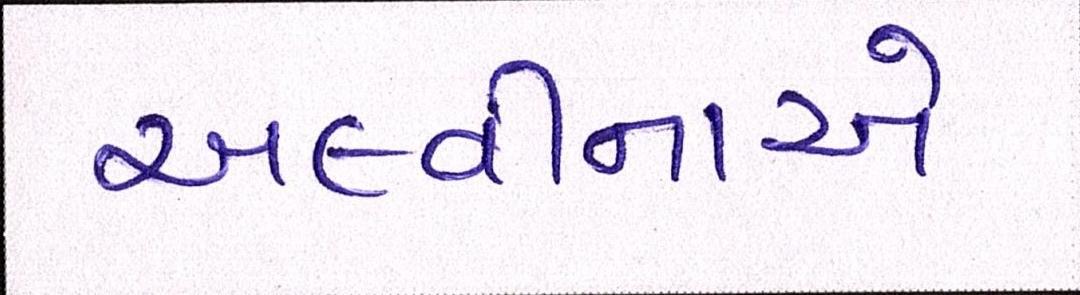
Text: અલ્વીનાએ